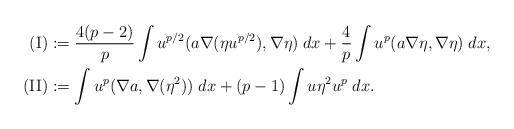
LaTeX: \begin{align*} \textnormal{(I)} & := \frac{4(p-2)}{p}\int u^{p/2}(a\nabla (\eta u^{p/2}),\nabla \eta)\;dx+\frac{4}{p}\int u^{p}(a\nabla \eta,\nabla \eta)\;dx,\\ \textnormal{(II)} & := \int u^p (\nabla a,\nabla (\eta^2))\;dx+(p-1)\int u\eta^2 u^p\;dx. \end{align*}